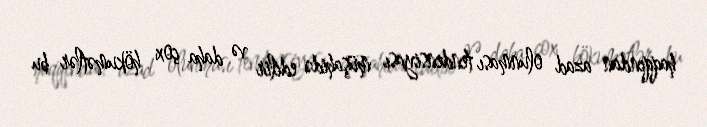
haqqından azad olunması tendensiyası müşahidə edilir və daha çox hökumətlər bu